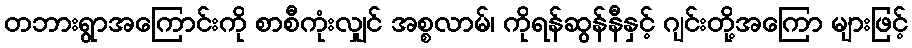
တဘားရွာအကြောင်းကို စာစီကုံးလျှင် အစ္စလာမ်၊ ကိုရန်ဆွန်နီနှင့် ဂျင်းတို့အကြော များဖြင့်